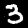
Digit: 3